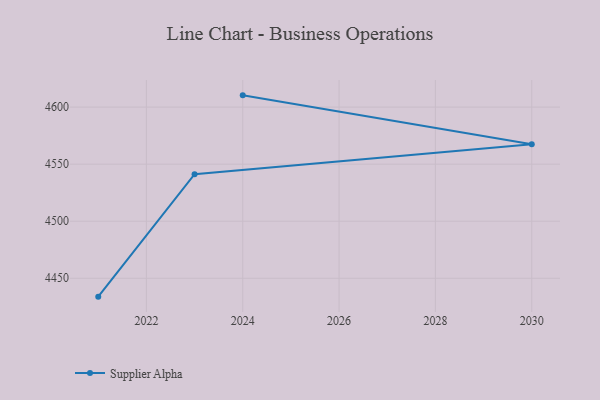
{"axis": {"x": "Year", "y": "Demand Index"}, "legend": ["Supplier Alpha"], "data": [{"x": "2021", "y": 4433.9, "type": "Supplier Alpha"}, {"x": "2023", "y": 4541.2, "type": "Supplier Alpha"}, {"x": "2030", "y": 4567.4, "type": "Supplier Alpha"}, {"x": "2024", "y": 4610.3, "type": "Supplier Alpha"}]}